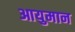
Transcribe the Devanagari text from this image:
आयुमान